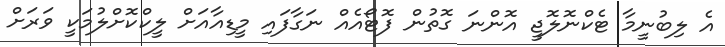
އެ ލިބުނީމާ ޓެކްނޮލޮޖީ އޮންނަ ގޮތުން ފޮޓޯއެއް ނަގާފައި މީޑިއާއަށް ލީކްކޮށްލުމަކީ ވަރަށް